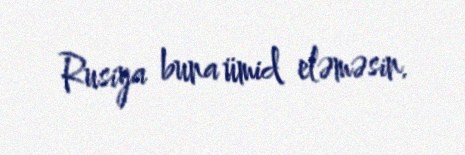
Rusiya buna ümid eləməsin.